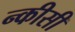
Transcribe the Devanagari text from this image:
न्कीसी